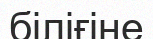
біліғіне